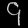
Digit: ၄